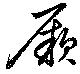
厥